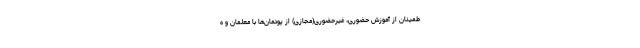
طمینان از آموزش حضوری، غیرحضوری(مجازی) از پودمان‌ها با معلمان و ه